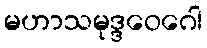
မဟာသမုဒ္ဒဝေဂေါ